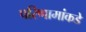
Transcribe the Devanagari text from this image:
परिणामांकडे